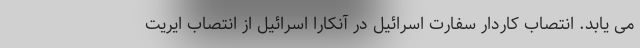
می یابد. انتصاب کاردار سفارت اسرائیل در آنکارا اسرائیل از انتصاب ایریت